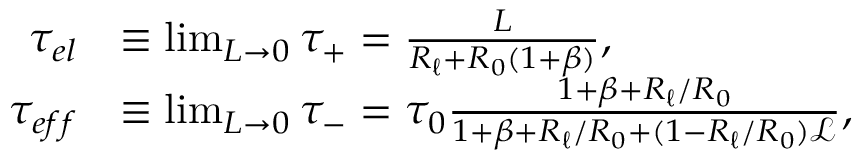
\begin{array} { r l } { \tau _ { e l } } & { \equiv \operatorname* { l i m } _ { L \to 0 } \tau _ { + } = \frac { L } { R _ { \ell } + R _ { 0 } ( 1 + \beta ) } , } \\ { \tau _ { e f f } } & { \equiv \operatorname* { l i m } _ { L \to 0 } \tau _ { - } = \tau _ { 0 } \frac { 1 + \beta + R _ { \ell } / R _ { 0 } } { 1 + \beta + R _ { \ell } / R _ { 0 } + ( 1 - R _ { \ell } / R _ { 0 } ) \mathscr { L } } , } \end{array}